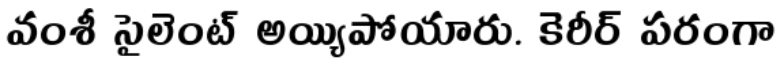
వంశీ సైలెంట్ అయ్యిపోయారు. కెరీర్ పరంగా